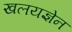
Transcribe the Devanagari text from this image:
खलयज्ञेन